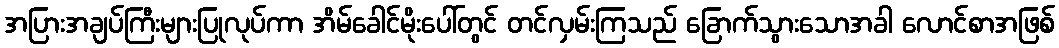
အပြားအချပ်ကြီးများပြုလုပ်ကာ အိမ်ခေါင်မိုးပေါ်တွင် တင်လှမ်းကြသည် ခြောက်သွားသောအခါ လောင်စာအဖြစ်